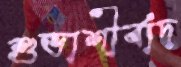
শুভাশীর্বাদ